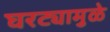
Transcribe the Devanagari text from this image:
घरट्यामुळे